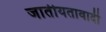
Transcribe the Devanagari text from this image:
जातीयतावादी